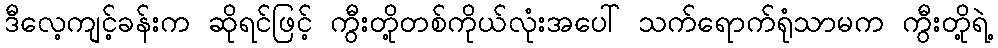
ဒီလေ့ကျင့်ခန်းက ဆိုရင်ဖြင့် ကွီးတို့တစ်ကိုယ်လုံးအပေါ် သက်ရောက်ရုံသာမက ကွီးတို့ရဲ့